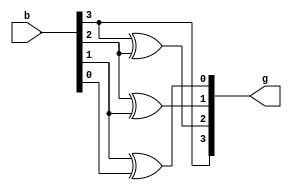
module binary_to_gray1(g, b);

	output [3:0]g;
	input [3:0]b;
	buf(g[3],b[3]);
	xor(g[2],b[3],b[2]);
	xor(g[1],b[2],b[1]);
	xor(g[0],b[1],b[0]);
	
endmodule

module binary_to_gray1_tb;

	reg [3:0] binary;
	wire [3:0] gray;
	binary_to_gray1 b_to_g(.g(gray), .b(binary));
	
	initial begin

		binary = 4'b0000; #50;
		binary = 4'b0001; #50;
		binary = 4'b0010; #50;
		binary = 4'b0011; #50;
		binary = 4'b0100; #50;
		binary = 4'b0101; #50;
		binary = 4'b0110; #50;
		binary = 4'b0111; #50;
		binary = 4'b1000; #50;
		binary = 4'b1001; #50;
		binary = 4'b1010; #50;
		binary = 4'b1011; #50;
		binary = 4'b1100; #50;
		binary = 4'b1101; #50;
		binary = 4'b1110; #50;
		binary = 4'b1111; #50;

	end

endmodule